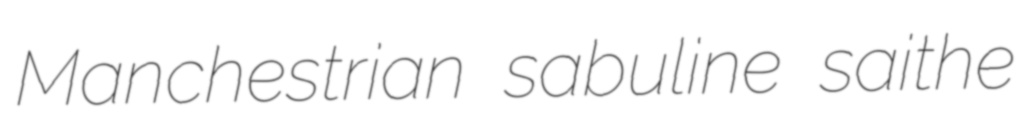
Manchestrian sabuline saithe